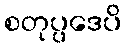
စတုပ္ပဒေပိ